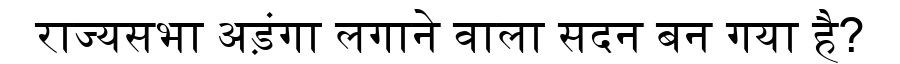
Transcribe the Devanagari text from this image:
राज्यसभा अड़ंगा लगाने वाला सदन बन गया है?